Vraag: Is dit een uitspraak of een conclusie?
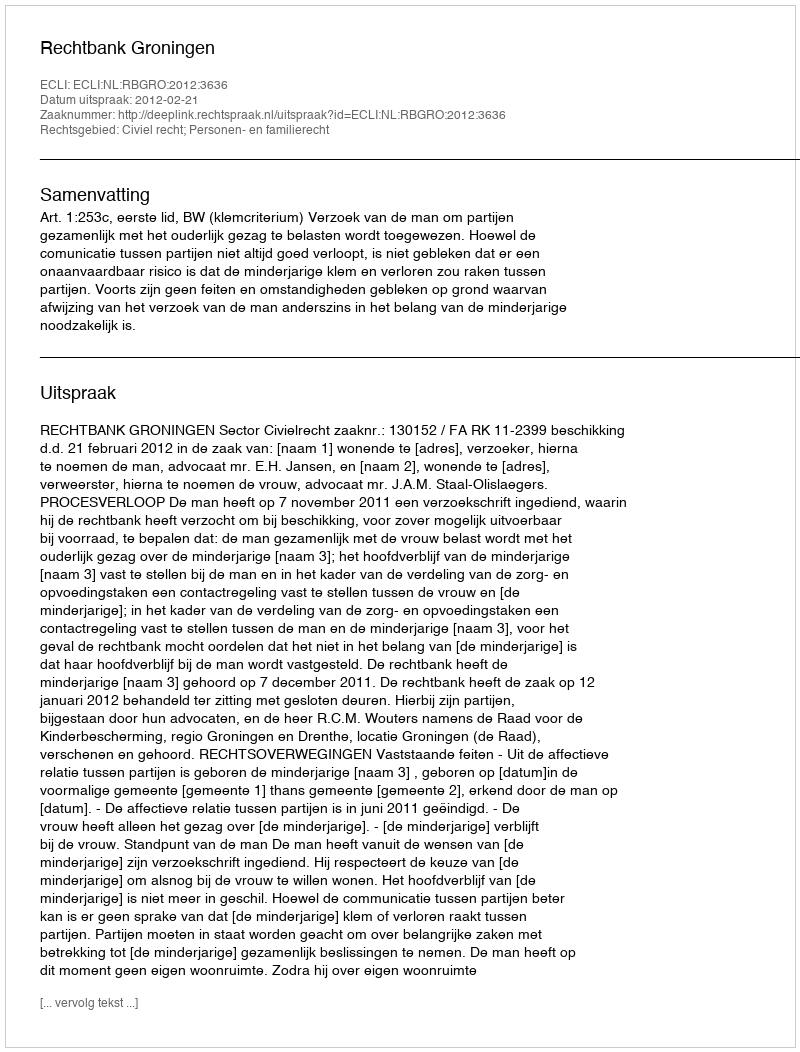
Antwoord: Uitspraak